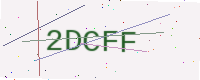
Text: 2DCFF